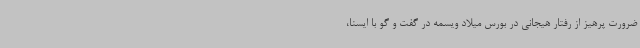
ضرورت پرهیز از رفتار هیجانی در بورس میلاد ویسمه در گفت و گو با ایسنا،